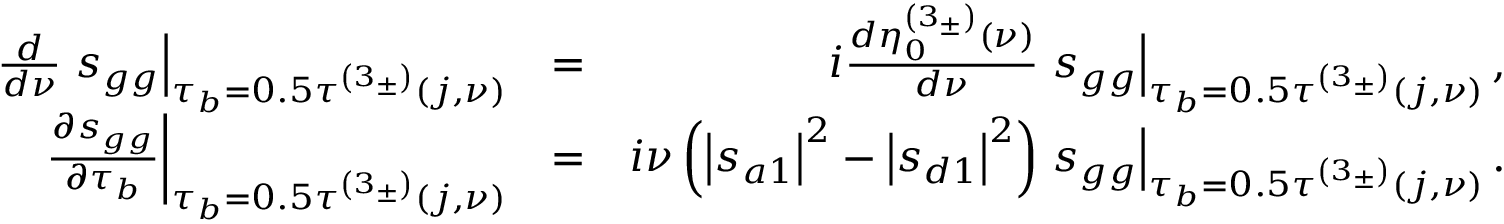
\begin{array} { r l r } { \frac { d } { d \nu } \left. s _ { g g } \right\vert _ { \tau _ { b } = 0 . 5 \tau ^ { \left( 3 _ { \pm } \right) } \left( j , \nu \right) } } & { = } & { i \frac { d \eta _ { 0 } ^ { \left( 3 _ { \pm } \right) } \left( \nu \right) } { d \nu } \left. s _ { g g } \right\vert _ { \tau _ { b } = 0 . 5 \tau ^ { \left( 3 _ { \pm } \right) } \left( j , \nu \right) } , } \\ { \left. \frac { \partial s _ { g g } } { \partial \tau _ { b } } \right\vert _ { \tau _ { b } = 0 . 5 \tau ^ { \left( 3 _ { \pm } \right) } \left( j , \nu \right) } } & { = } & { i \nu \left( \left\vert s _ { a 1 } \right\vert ^ { 2 } - \left\vert s _ { d 1 } \right\vert ^ { 2 } \right) \left. s _ { g g } \right\vert _ { \tau _ { b } = 0 . 5 \tau ^ { \left( 3 _ { \pm } \right) } \left( j , \nu \right) } . } \end{array}